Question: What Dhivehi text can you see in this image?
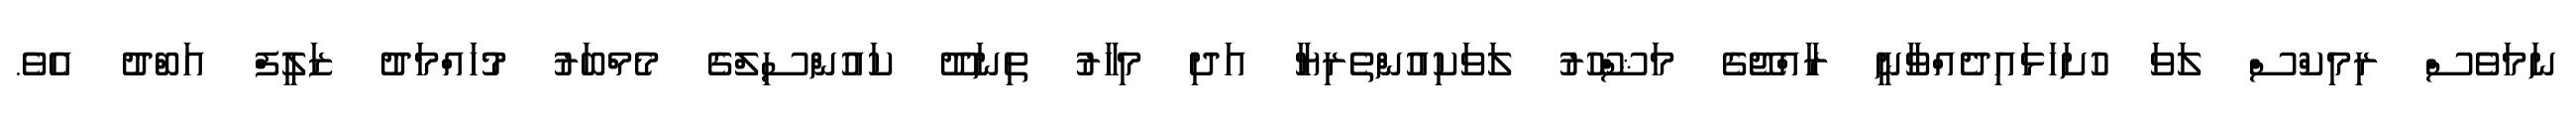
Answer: ނަމަވެސް ރިމިކްސް ލަވަ ހުށަހަޅައިދެއްވާނީ ރާއްޖޭގެ މަޝްހޫރު ލަވަކިއުންތެރިޔާ އަދި މިހާރު ތިނަދޫ ކައުންސިލްގެ މެމްބަރު މުހައްމަދު ޒަލީފް އަބްދު އެވެ.